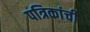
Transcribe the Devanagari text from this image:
पत्रिकांची